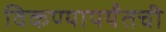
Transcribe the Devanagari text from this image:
विकण्यापर्यंतची